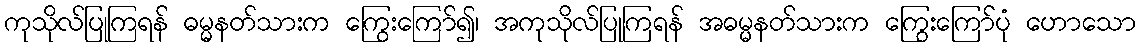
ကုသိုလ်ပြုကြရန် ဓမ္မနတ်သားက ကြွေးကြော်၍၊ အကုသိုလ်ပြုကြရန် အဓမ္မနတ်သားက ကြွေးကြော်ပုံ ဟောသော